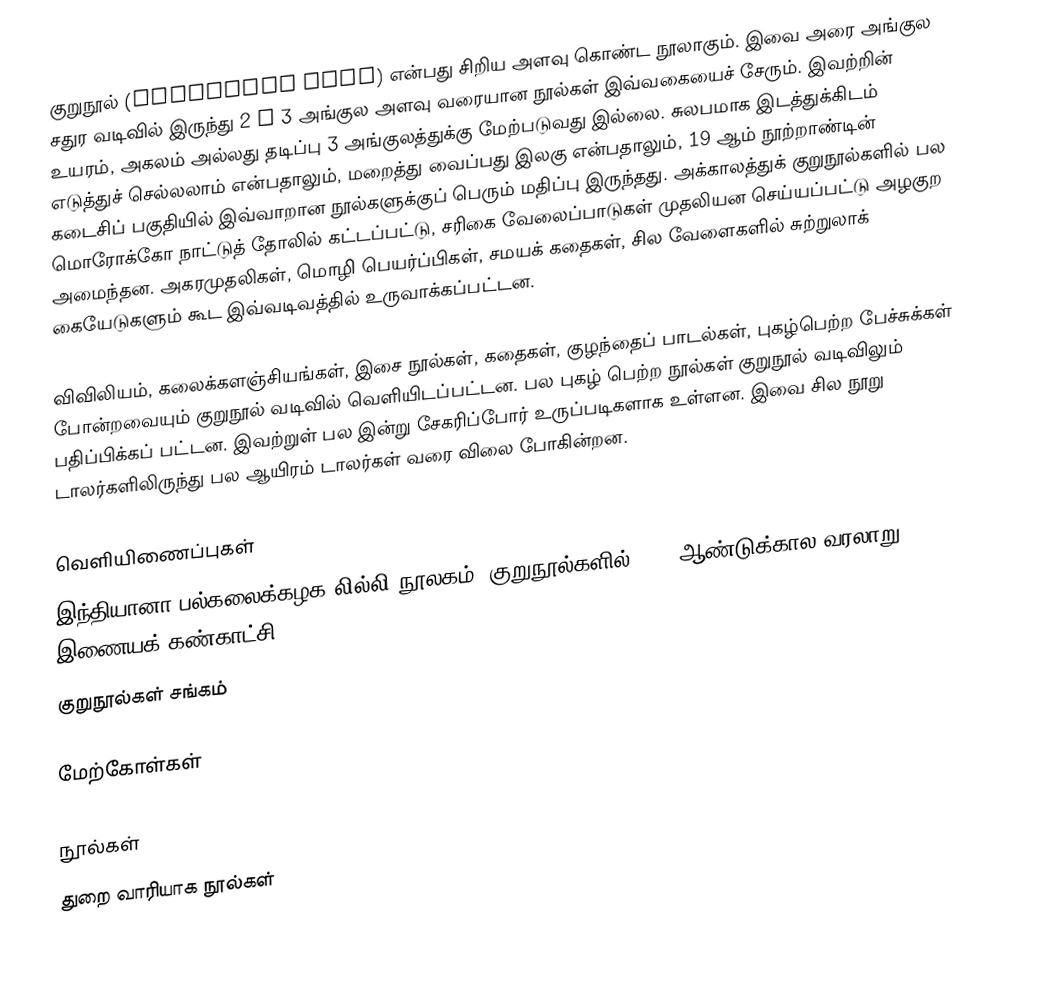
குறுநூல் (Miniature book) என்பது சிறிய அளவு கொண்ட நூலாகும். இவை அரை அங்குல சதுர வடிவில் இருந்து 2 x 3 அங்குல அளவு வரையான நூல்கள் இவ்வகையைச் சேரும். இவற்றின் உயரம், அகலம் அல்லது தடிப்பு 3 அங்குலத்துக்கு மேற்படுவது இல்லை. சுலபமாக இடத்துக்கிடம் எடுத்துச் செல்லலாம் என்பதாலும், மறைத்து வைப்பது இலகு என்பதாலும், 19 ஆம் நூற்றாண்டின் கடைசிப் பகுதியில் இவ்வாறான நூல்களுக்குப் பெரும் மதிப்பு இருந்தது. அக்காலத்துக் குறுநூல்களில் பல மொரோக்கோ நாட்டுத் தோலில் கட்டப்பட்டு, சரிகை வேலைப்பாடுகள் முதலியன செய்யப்பட்டு அழகுற அமைந்தன. அகரமுதலிகள், மொழி பெயர்ப்பிகள், சமயக் கதைகள், சில வேளைகளில் சுற்றுலாக் கையேடுகளும் கூட இவ்வடிவத்தில் உருவாக்கப்பட்டன.

விவிலியம், கலைக்களஞ்சியங்கள், இசை நூல்கள், கதைகள், குழந்தைப் பாடல்கள், புகழ்பெற்ற பேச்சுக்கள் போன்றவையும் குறுநூல் வடிவில் வெளியிடப்பட்டன. பல புகழ் பெற்ற நூல்கள் குறுநூல் வடிவிலும் பதிப்பிக்கப் பட்டன. இவற்றுள் பல இன்று சேகரிப்போர் உருப்படிகளாக உள்ளன. இவை சில நூறு டாலர்களிலிருந்து பல ஆயிரம் டாலர்கள் வரை விலை போகின்றன.

வெளியிணைப்புகள்
இந்தியானா பல்கலைக்கழக லில்லி நூலகம். குறுநூல்களில் 4000 ஆண்டுக்கால வரலாறு, இணையக் கண்காட்சி.
குறுநூல்கள் சங்கம்

மேற்கோள்கள்

நூல்கள்
துறை வாரியாக நூல்கள்